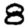
Digit: 8